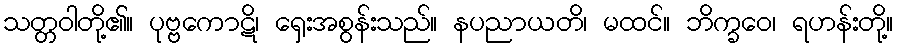
သတ္တဝါတို့၏။ ပုဗ္ဗကောဋိ၊ ရှေးအစွန်းသည်။ နပညာယတိ၊ မထင်။ ဘိက္ခဝေ၊ ရဟန်းတို့။